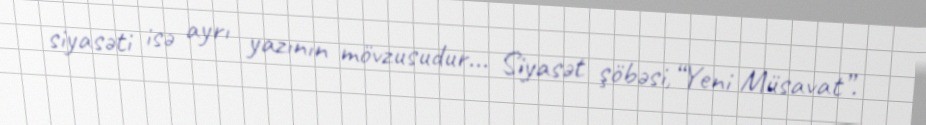
siyasəti isə ayrı yazının mövzusudur... Siyasət şöbəsi,“Yeni Müsavat”.